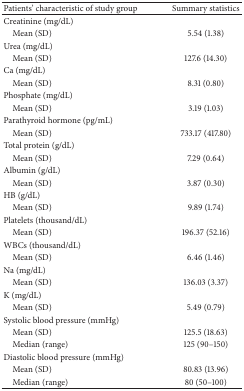
| Patients' characteristic of study group | Summary statistics |
 | --- | --- |
 | Creatinine (mg/dL) |  |
 | Mean (SD) | 5.54 (1.38) |
 | Urea (mg/dL) |  |
 | Mean (SD) | 127.6 (14.30) |
 | Ca (mg/dL) |  |
 | Mean (SD) | 8.31 (0.80) |
 | Phosphate (mg/dL) |  |
 | Mean (SD) | 3.19 (1.03) |
 | Parathyroid hormone (pg/mL) |  |
 | Mean (SD) | 733.17 (417.80) |
 | Total protein (g/dL) |  |
 | Mean (SD) | 7.29 (0.64) |
 | Albumin (g/dL) |  |
 | Mean (SD) | 3.87 (0.30) |
 | HB (g/dL) |  |
 | Mean (SD) | 9.89 (1.74) |
 | Platelets (thousand/dL) |  |
 | Mean (SD) | 196.37 (52.16) |
 | WBCs (thousand/dL) |  |
 | Mean (SD) | 6.46 (1.46) |
 | Na (mg/dL) |  |
 | Mean (SD) | 136.03 (3.37) |
 | K (mg/dL) |  |
 | Mean (SD) | 5.49 (0.79) |
 | Systolic blood pressure (mmHg) |  |
 | Mean (SD) | 125.5 (18.63) |
 | Median (range) | 125 (90–150) |
 | Diastolic blood pressure (mmHg) |  |
 | Mean (SD) | 80.83 (13.96) |
 | Median (range) | 80 (50–100) |